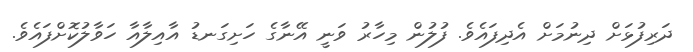
ދަރިފުޅަށް ދިނުމަށް އެދިފައެވެ. ފުލުން މިހާރު ވަނީ އޭނާގެ ހަށިގަނޑު އާއިލާއާ ހަވާލުކޮށްފައެވެ.